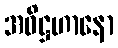
အဓိဋ္ဌဟာနော